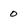
Character: 0